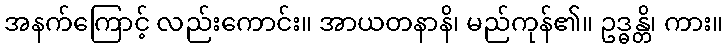
အနက်ကြောင့် လည်းကောင်း။ အာယတနာနိ၊ မည်ကုန်၏။ ဥဒ္ဓန္တိ၊ ကား။